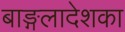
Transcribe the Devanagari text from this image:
बाङ्गलादेशका